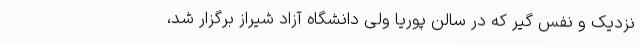
نزدیک و نفس گیر که در سالن پوریا ولی دانشگاه آزاد شیراز برگزار شد،